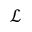
\mathcal { L }